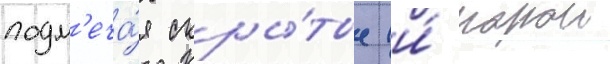
подм'еча́я скры́тые (и́ порои